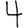
Digit: 4